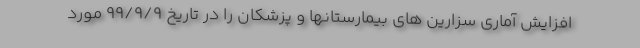
افزایش آماری سزارین های بیمارستانها و پزشکان را در تاریخ ۹۹/۹/۹ مورد